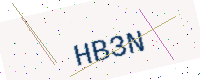
Text: HB3N